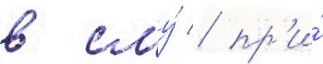
в сму́ / пр'и́